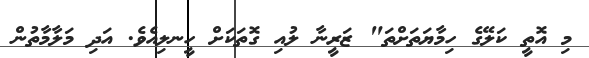
މި އޮތީ ކަލޭގެ ހިމާޔަތަށްތަ" ޒަރީނާ ލުއި ގޮތަކަށް ހީނލިއެވެ. އަދި މަލާމާތުން